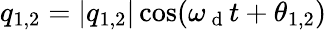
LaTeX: q_{1,2}=\lvert q_{1,2}\rvert\cos(\omega_{\mathrm{~d~}}t+\theta_{1,2})